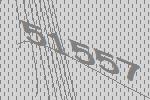
51557